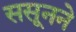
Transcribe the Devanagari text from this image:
ससूनने